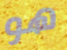
هو